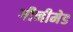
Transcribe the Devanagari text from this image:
गीनीमेड